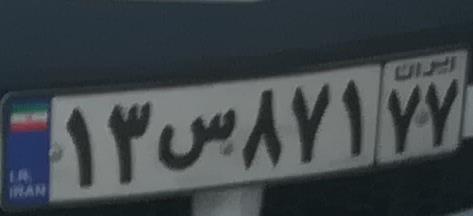
۱۳س۸۷۱۷۷